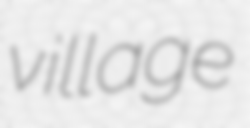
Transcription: village